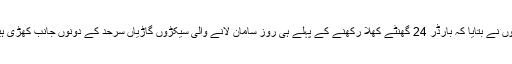
اُنہوں نے بتایا کہ بارڈر 24 گھنٹے کھلا رکھنے کے پہلے ہی روز سامان لانے والی سیکڑوں گاڑیاں سرحد کے دونوں جانب کھڑی ہیں۔